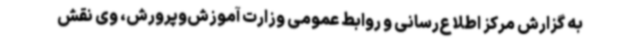
به گزارش مرکز اطلاع‌رسانی و روابط عمومی وزارت آموزش‌وپرورش، وی نقش